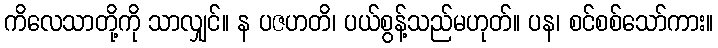
ကိလေသာတို့ကို သာလျှင်။ န ပဇဟတိ၊ ပယ်စွန့်သည်မဟုတ်။ ပန၊ စင်စစ်သော်ကား။